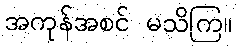
အကုန်အစင် မသိကြ။